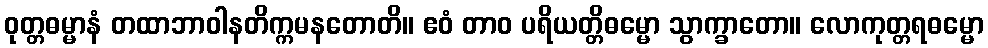
ဝုတ္တဓမ္မာနံ တထာဘာဝါနတိက္ကမနတောတိ။ ဧဝံ တာဝ ပရိယတ္တိဓမ္မော သွာက္ခာတော။ လောကုတ္တရဓမ္မော